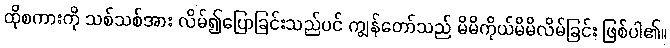
ထိုစကားကို သစ်သစ်အား လိမ်၍ပြောခြင်းသည်ပင် ကျွန်တော်သည် မိမိကိုယ်မိမိလိမ်ခြင်း ဖြစ်ပါ၏။